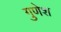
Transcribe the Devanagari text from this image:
गुणेश